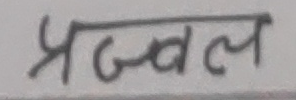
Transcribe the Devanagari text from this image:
प्रज्वल